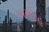
અમામહ